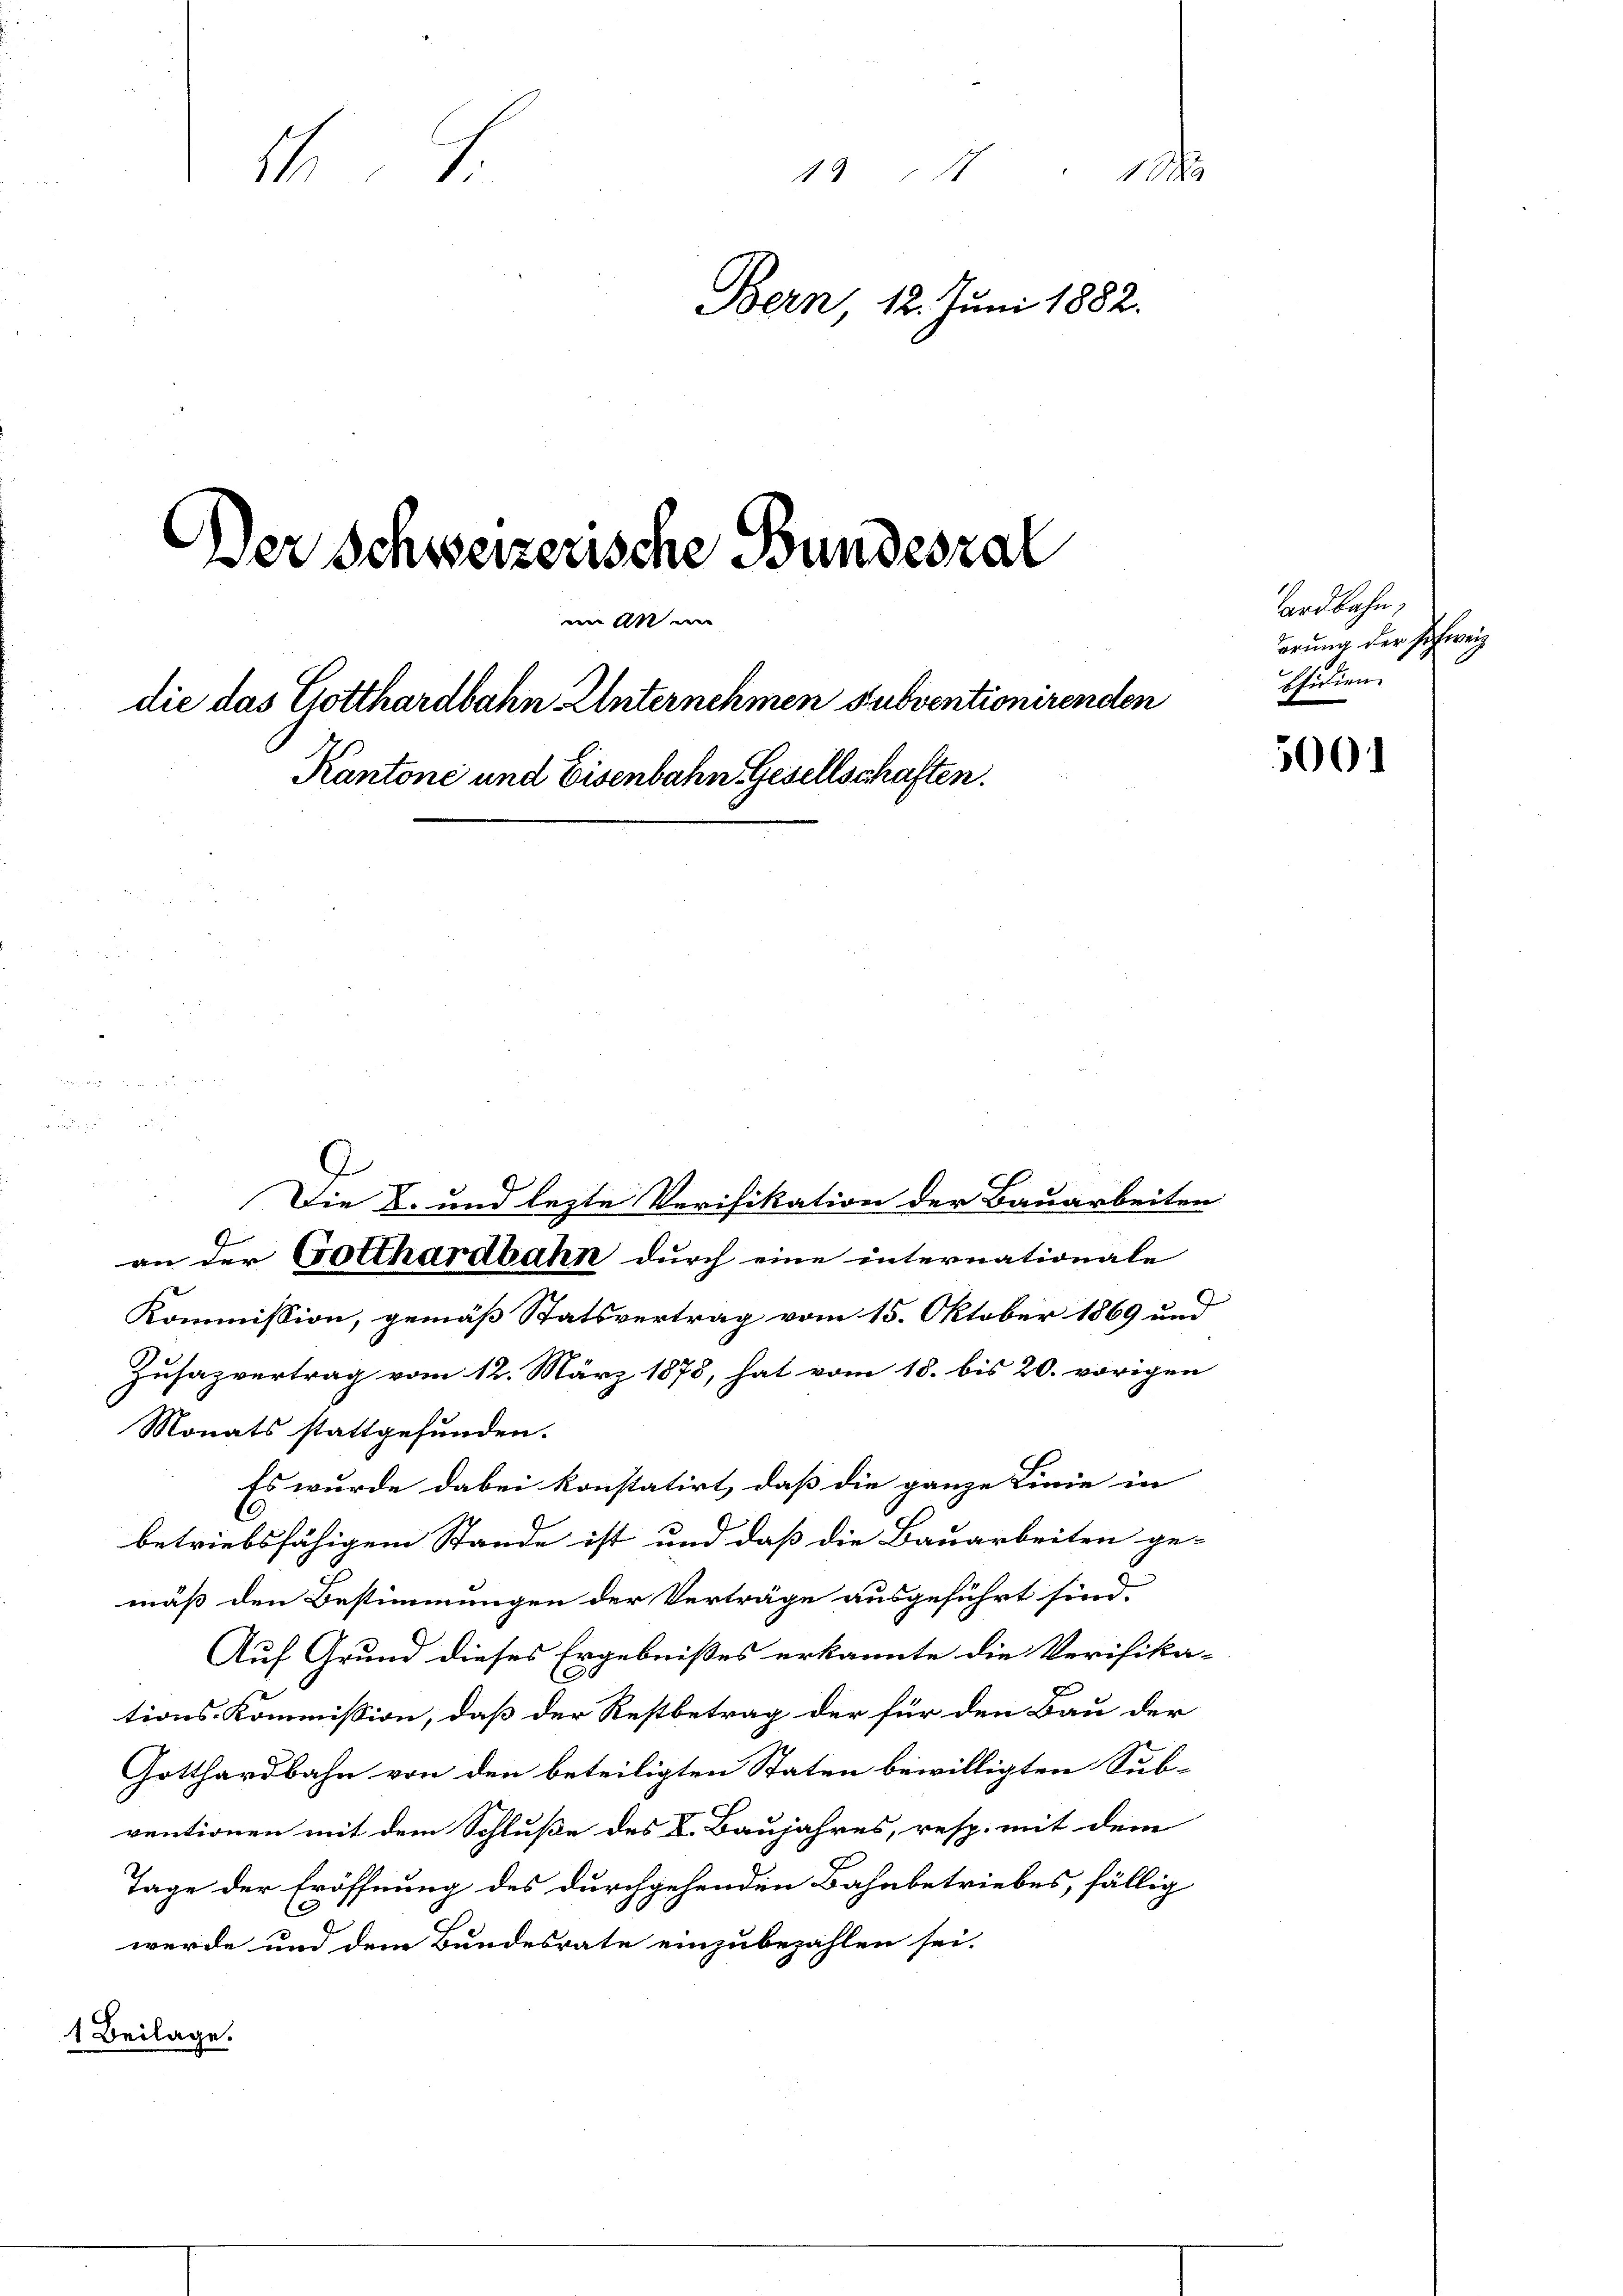
die das Gotthardbahn-Unternehmen subventionirenden

1944 x
1
Bern, 12. Juni 1882.
Der Schweizerische Bundeszal
Tardbahn,
29.

Kantone und Eisenbahn Gesellschaften.
i

Die E. und lezte Verifikation der Bauarbeiten
an der Gotthardbahn durch eine internationale
Kommission, gemäß Statsvertrag vom 15. Oktober 1869 und
Zusazvertrag vom 12. März 1878, hat vom 18. bis 20. vorigen
Monats stattgefunden.
Es wurde dabei konstatirt, daß die ganze Linie in
betriebsfähigem Stande ist und daß die Bauarbeiten ge-
mäß den Bestimmungen der Verträge ausgeführt sind.
Auf Grund dieses Ergebnißes erkannte die Verifika-
tions-Kommission, daß der Restbetrag der für den Bau der
Gotthardbahn von den beteiligten Staten bewilligten Sub-
ventionen mit dem Schluße des V. Baujahres, resp. mit dem
Tage der Eröffnung des durchgehenden Bahnbetriebes, fällig
C
werde und dem Bundesrate einzubezahlen sei.
1 Beilage.

derung der Schweiz
Efidien

500